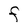
Character: F